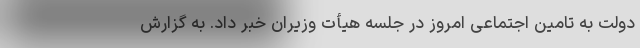
دولت به تامین اجتماعی امروز در جلسه هیأت وزیران خبر داد. به گزارش